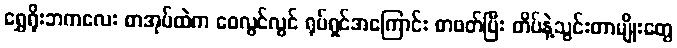
ရွှေရိုးဘကလေး စာအုပ်ထဲက ဝေလွင်လွင် ရုပ်ရှင်အကြောင်း စာဖတ်ပြီး တိပ်နဲ့သွင်းတာမျိုးတွေ